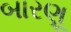
બારણૂ